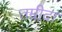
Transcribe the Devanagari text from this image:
तम्रीदा